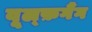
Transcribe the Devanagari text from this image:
वूल्फ़गैंग